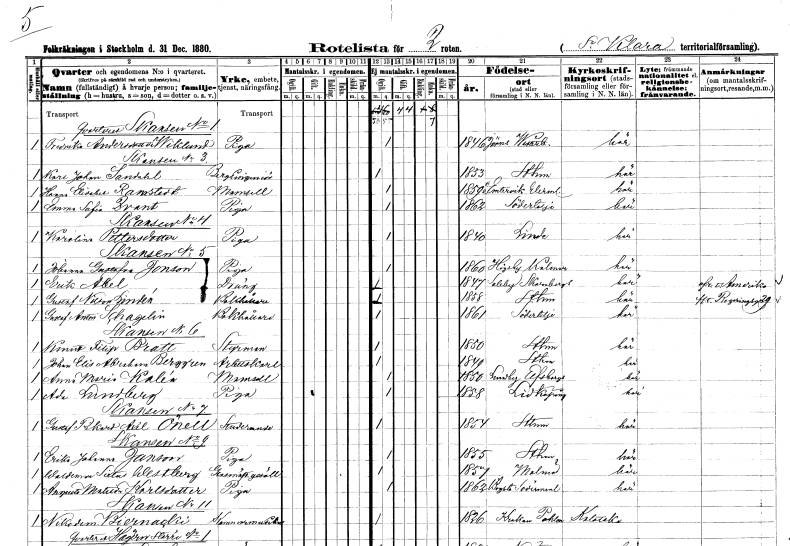
gt_parse: households: individuals: FN: Fredrika
EN: Andersdotter Wiklund
YRKE: Piga
KON: K
CIV: O
FODAR: 1846
FODFORS: Jörn Västerbottens län
FN: Karl Johan
EN: Sandahl
YRKE: Bergsingenjör
KON: M
CIV: O
FODAR: 1853
FODFORS: Stockholm
FN: Hanna Elisabet
EN: Ramstedt
KON: K
CIV: O
FODAR: 1859
FODFORS: Ämtervik Värmlands län
FN: Emma Sofia
EN: Qvant
YRKE: Piga
KON: K
CIV: O
FODAR: 1862
FODFORS: Södertälje Stockholms län
FN: Karolina
EN: Pettersdotter
YRKE: Piga
KON: K
CIV: O
FODAR: 1840
FN: Johanna Gustafva
EN: Jonson
YRKE: Piga
KON: K
CIV: O
FODAR: 1860
FODFORS: Högsby Kalmar län
FN: Erik
EN: Abel
YRKE: Dräng
KON: M
CIV: O
FODAR: 1847
FODFORS: Saleby Skaraborgs län
FN: Gustaf
EN: Nilson Lindén
YRKE: Bokhållare
KON: M
CIV: O
FODAR: 1858
FODFORS: Stockholm
FN: Gustaf Anton
EN: Schagelin
YRKE: Bokhållare
KON: M
CIV: O
FODAR: 1861
FODFORS: Södertälje Stockholms län
FN: Knut Filip
EN: Bratt
YRKE: Styrman
KON: M
CIV: O
FODAR: 1850
FODFORS: Stockholm
FN: Johan Elis Abraham
EN: Berggren
YRKE: Arbetskarl
KON: M
CIV: O
FODAR: 1849
FODFORS: Stockholm
FN: Anna Maria
EN: Kalén
KON: K
CIV: O
FODAR: 1850
FODFORS: Lundby Älvsborgs län
FN: Ada
EN: Lundberg
YRKE: Piga
KON: K
CIV: O
FODAR: 1858
FODFORS: Lidköping Skaraborgs län
FN: Gustaf Rikard Axel
EN: Önell
YRKE: Studerande
KON: M
CIV: O
FODAR: 1854
FODFORS: Stockholm
FN: Erika Johanna
EN: Janson
YRKE: Piga
KON: K
CIV: O
FODAR: 1855
FODFORS: Stockholm
FN: Waldemar Sixtus
EN: Westberg
YRKE: Glasmästaregesäll
KON: M
CIV: O
FODAR: 1857
FODFORS: Malmö Malmöhus län
FN: Augusta Matilda
EN: Karlsdotter
YRKE: Piga
KON: K
CIV: O
FODAR: 1862
FODFORS: Bogsta Södermanlands län